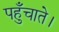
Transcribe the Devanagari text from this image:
पहुँचाते।